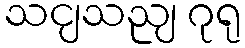
သငျသညျ ဂုရု